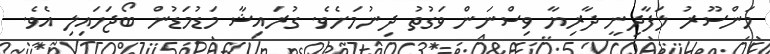
މަންސޫރު ލަފާދިނީ ދާރިޔާ ވިސްނަން ވަގުތު ދިނުމަށެވެ. ގުރައިޝާ މަޑުމަޑުން ބޯޖަހައިލި އެވެ.